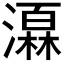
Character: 𪷩